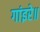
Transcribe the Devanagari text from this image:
गांइरे॥